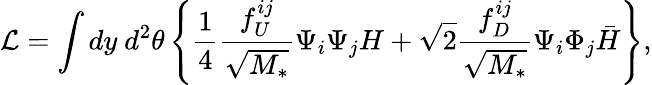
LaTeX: {\cal L}=\int dy~d^{2}\theta\left\{ \frac{1}{4}\frac{f_{U}^{ij}}{\sqrt{M_{*}}}\Psi_{i}\Psi_{j}H+\sqrt{2}\frac{f_{D}^{ij}}{\sqrt{M_{*}}}\Psi_{i}\Phi_{j}\bar{H}\right\} ,